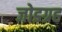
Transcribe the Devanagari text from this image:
जोडग्रह